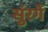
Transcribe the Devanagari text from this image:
सुंरगें